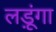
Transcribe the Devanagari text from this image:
लड़ूंगा